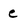
Character: e